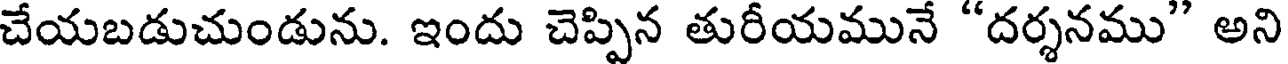
చేయబడుచుండును. ఇందు చెప్పిన తురీయమునే "దర్శనము" అని